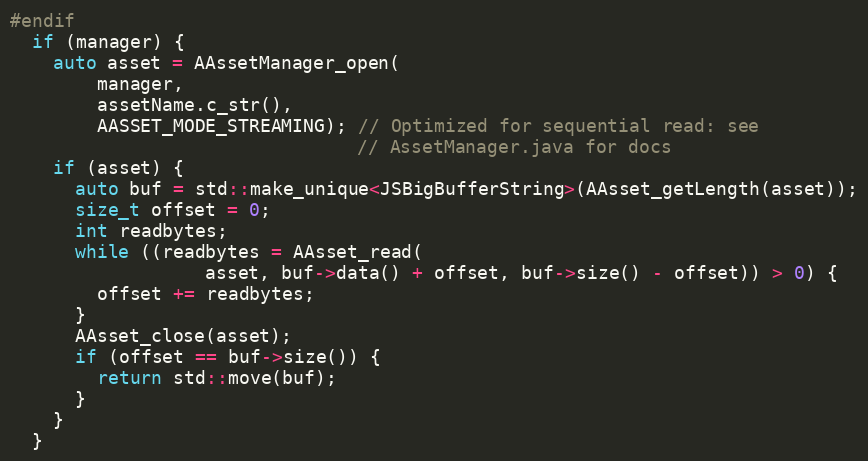
Language: C++
#endif
  if (manager) {
    auto asset = AAssetManager_open(
        manager,
        assetName.c_str(),
        AASSET_MODE_STREAMING); // Optimized for sequential read: see
                                // AssetManager.java for docs
    if (asset) {
      auto buf = std::make_unique<JSBigBufferString>(AAsset_getLength(asset));
      size_t offset = 0;
      int readbytes;
      while ((readbytes = AAsset_read(
                  asset, buf->data() + offset, buf->size() - offset)) > 0) {
        offset += readbytes;
      }
      AAsset_close(asset);
      if (offset == buf->size()) {
        return std::move(buf);
      }
    }
  }